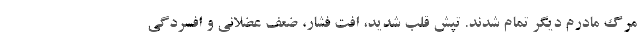
مرگ مادرم دیگر تمام شدند. تپش قلب شدید، افت فشار، ضعف عضلانی و افسردگی